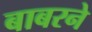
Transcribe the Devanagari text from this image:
बाबरने